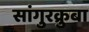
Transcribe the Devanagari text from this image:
सांगुरक्रुबा